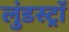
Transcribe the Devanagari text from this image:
लुंडस्ट्राॅ